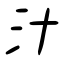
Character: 汁